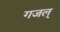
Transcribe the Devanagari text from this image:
गजल्